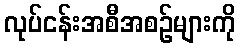
လုပ်ငန်းအစီအစဉ်များကို